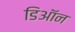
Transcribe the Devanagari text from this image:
डिऑन